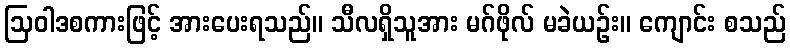
ဩဝါဒစကားဖြင့် အားပေးရသည်။ သီလရှိသူအား မဂ်ဖိုလ် မခဲယဉ်း။ ကျောင်း စသည်